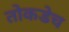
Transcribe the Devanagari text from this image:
तोकडेच